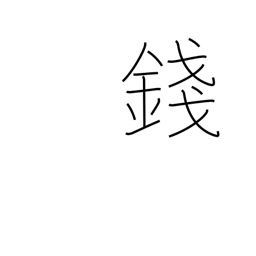
Meaning: 100th of yen